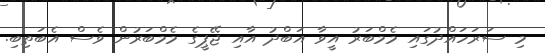
މި ސަރަހައްދުގައި މެމްބަރު އީވާ އަބްދު އާއި ޖޭޕީގެ މެމްބަރުން ވެސް އެބަތިބި.